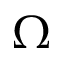
\Omega